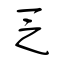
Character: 乏